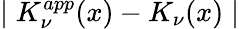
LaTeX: \mid K_{\nu}^{app}(x)-K_{\nu}(x)\mid